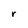
Character: r